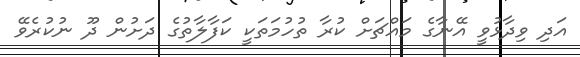
އަދި ވިދާޅުވީ އޭނާގެ މައްޗަށް ކުރާ ތުހުމަތަކީ ކަފާލާތުގެ ދަށުން ދޫ ނުކުރެވޭ